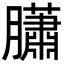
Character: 𦢩